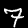
Digit: 7